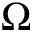
\Omega